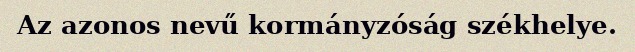
Az azonos nevű kormányzóság székhelye.